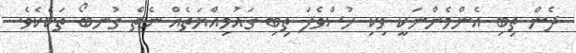
ދެން ތިބި އެންމެންނަކީ ވިކި ހުސްވެފަ ތިބި ގައުމިއްޔަތެއް ނެތް ގުނބޯ ތަކެކެވެ.